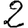
Digit: 2